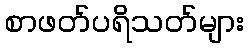
စာဖတ်ပရိသတ်များ